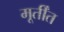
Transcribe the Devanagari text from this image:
मूर्तींत